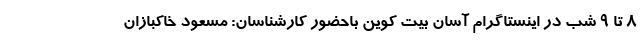
۸ تا ۹ شب در اینستاگرام آسان بیت کوین باحضور کارشناسان: مسعود خاکبازان